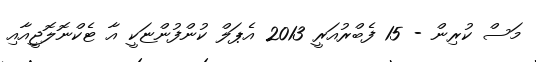
މަސް ކުރިން - 15 ފެބްރުއަރީ 2013 އެޕަލް ކުންފުންޏަކީ އާ ޓެކްނޮލޮޖީއާއި